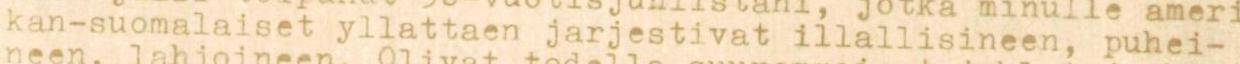
kan-suomalaiset yllattaen jarjestivat illallisineen, puhei-